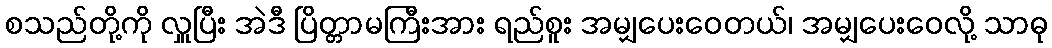
စသည်တို့ကို လှူပြီး အဲဒီ ပြိတ္တာမကြီးအား ရည်စူး အမျှပေးဝေတယ်၊ အမျှပေးဝေလို့ သာဓု